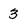
Character: 3